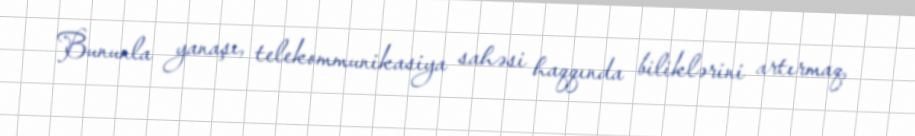
Bununla yanaşı, telekommunikasiya sahəsi haqqında biliklərini artırmaq,